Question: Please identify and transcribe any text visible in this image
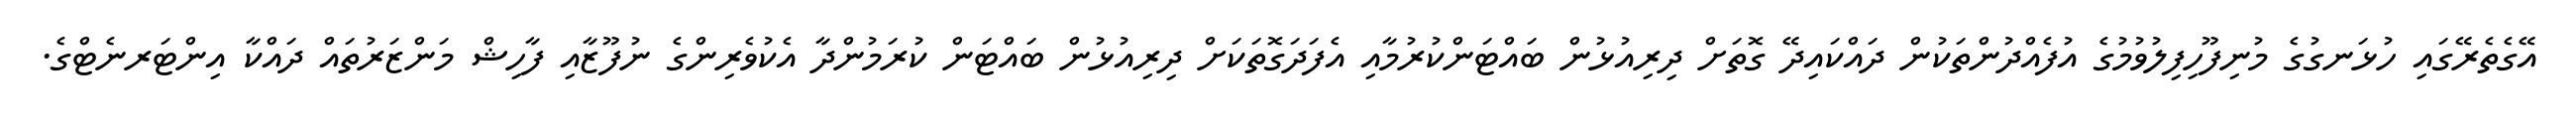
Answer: އޭގެތެރޭގައި ހުޅަނގުގެ މުނިފޫހިފިލުވުމުގެ އުފެއްދުންތަކުން ދައްކައިދޭ ގޮތަށް ދިރިއުޅުން ބައްޓަންކުރުމާއި އެފަދަގޮތަކަށް ދިރިއުޅުން ބައްޓަން ކުރަމުންދާ އެކުވެރިންގެ ނުފޫޒާއި ފާހިޝް މަންޒަރުތައް ދައްކާ އިންޓަރނެޓްގެ.